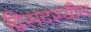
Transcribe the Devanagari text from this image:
द्विसदस्यीय